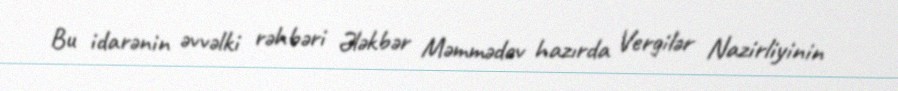
Bu idarənin əvvəlki rəhbəri Ələkbər Məmmədov hazırda Vergilər Nazirliyinin